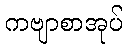
ကဗျာစာအုပ်